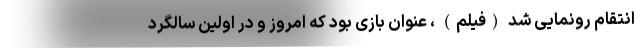
انتقام رونمایی شد (فیلم) ، عنوان بازی بود که امروز و در اولین سالگرد